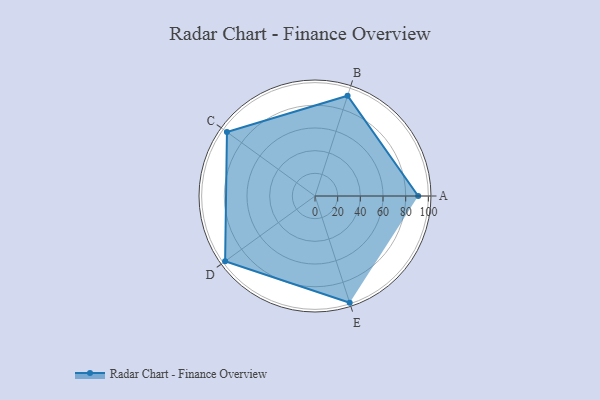
{"axis": {"x": "Skill", "y": "Score"}, "legend": ["Profile"], "data": [{"x": "A", "y": 91.0, "type": "Profile"}, {"x": "B", "y": 93.0, "type": "Profile"}, {"x": "C", "y": 96.0, "type": "Profile"}, {"x": "D", "y": 98.0, "type": "Profile"}, {"x": "E", "y": 99, "type": "Profile"}]}